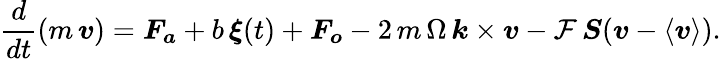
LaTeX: \frac{d}{dt}\left(m\, \boldsymbol{v}\right)=\boldsymbol{F_{a}}+b\, \boldsymbol{\xi}(t)+\boldsymbol{F_{o}}-2\, m\, \Omega\, \boldsymbol{k}\times\boldsymbol{v}-\mathcal{F}\, \boldsymbol{S}(\boldsymbol{v}-\boldsymbol{\left<v\right>}).